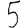
Digit: 5